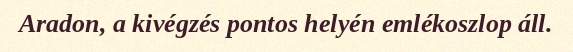
Aradon, a kivégzés pontos helyén emlékoszlop áll.